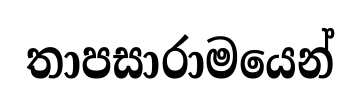
තාපසාරාමයෙන්